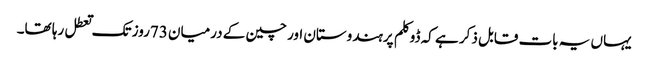
یہاں یہ بات قابل ذکر ہے کہ ڈوکلم پرہندوستان اور چین کے درمیان 73روز تک تعطل رہا تھا۔